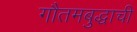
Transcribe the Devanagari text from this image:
गौतमबुद्धाची